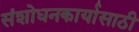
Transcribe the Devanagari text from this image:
संशोधनकार्यासाठी